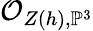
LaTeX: {\mathcal{O}}_{Z(h),\mathbb{P}^{3}}